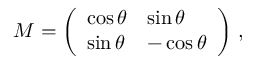
M = \left( \begin{array} { l l } { \cos \theta } & { \sin \theta } \\ { \sin \theta } & { - \cos \theta } \end{array} \right) \, ,